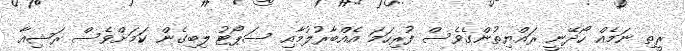
ރީތި ނަމެއް ހޯދޭނީ ރައްޔިތުންގެވެސް ފުރިހަމަ އެއްބާރުލުމާއި ސަޕޯޓު ލިބިގެން ކަމަށްވެސް ރަޝިއާ